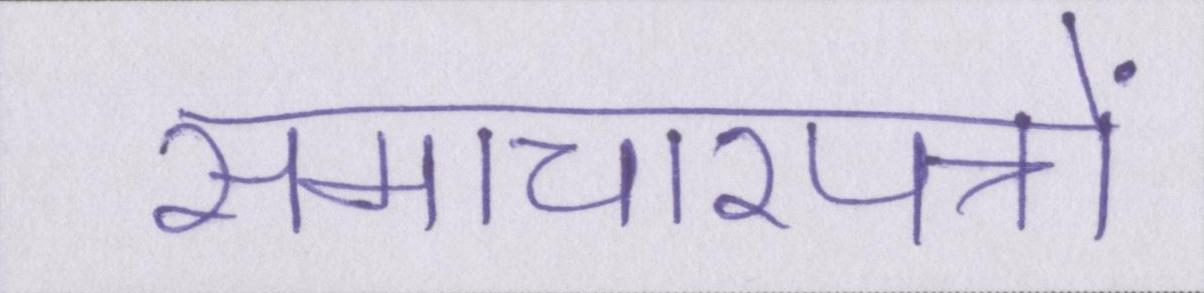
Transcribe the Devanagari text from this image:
समाचारपत्रों